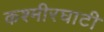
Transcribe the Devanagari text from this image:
कश्मीरघाटी